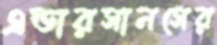
এন্ডারসানসের